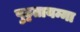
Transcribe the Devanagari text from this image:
पुट्टतायम्मा